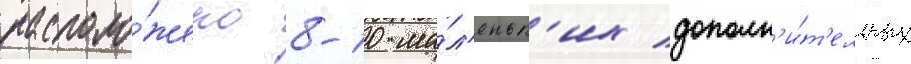
располо́жено 8-10 ма́л'еньк'их дополн'и́т'ельных